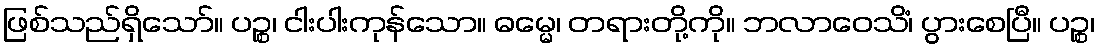
ဖြစ်သည်ရှိသော်။ ပဉ္စ၊ ငါးပါးကုန်သော။ ဓမ္မေ၊ တရားတို့ကို။ ဘလာဝေသိံ၊ ပွားစေပြီ။ ပဉ္စ၊